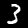
Label: 3